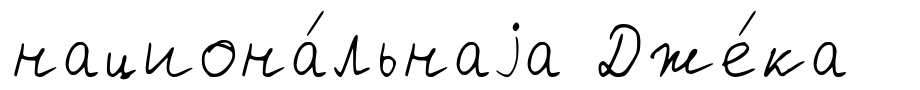
национа́льнаjа Дже́ка